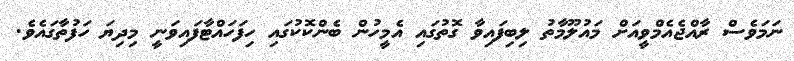
ނަމަވެސް ރާއްޖެއެމްވީއަށް މައުލޫމާތު ލިބިފައިވާ ގޮތުގައި އެމީހުން ބެންކޮކުގައި ހިފަހައްޓާފައިވަނީ މިދިޔަ ހަފުތާގައެވެ.